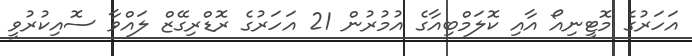
އަހަރުގެ މޮޓީނިއޯ އާއި ކޮލަމްބިއާގެ އުމުރުން 21 އަހަރުގެ ރޮޑްރިގޭޒް ލައްވާ ސޮއިކުރުވީ